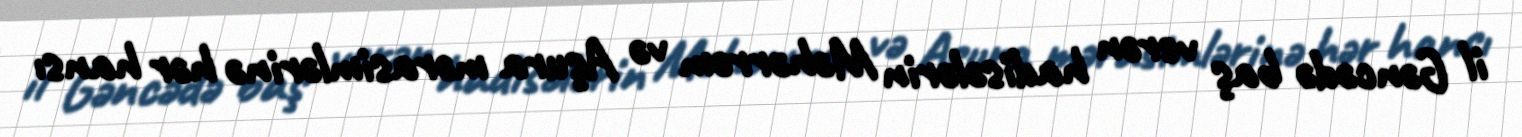
il Gəncədə baş verən hadisələrin Məhərrəm və Aşura mərasimlərinə hər hansı